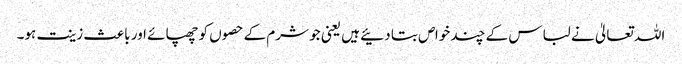
اللہ تعالیٰ نے لباس کے چند خواص بتا دئیے ہیں یعنی جو شرم کے حصوں کو چھپائے اور باعث زینت ہو۔